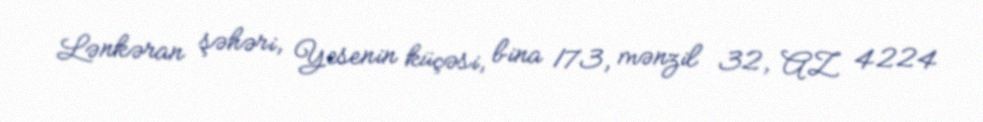
Lənkəran şəhəri, Yesenin küçəsi, bina 173, mənzil 32, AZ 4224